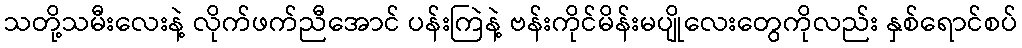
သတို့သမီးလေးနဲ့ လိုက်ဖက်ညီအောင် ပန်းကြဲနဲ့ ဗန်းကိုင်မိန်းမပျိုလေးတွေကိုလည်း နှစ်ရောင်စပ်